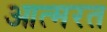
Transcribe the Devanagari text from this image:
आत्मरत